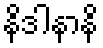
နိဒါနာနိ